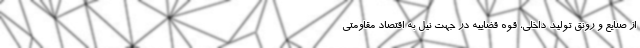
از صنایع و رونق تولید داخلی، قوه قضاییه در جهت نیل به اقتصاد مقاومتی